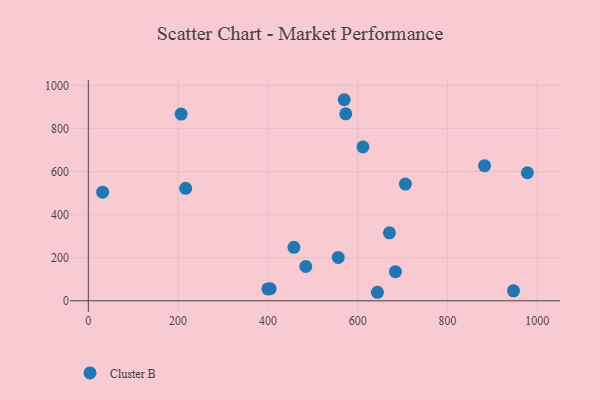
{"axis": {"x": "Ad Spend", "y": "Exam Score"}, "legend": ["Cluster B"], "data": [{"x": "405.1", "y": 55.9, "type": "Cluster B"}, {"x": "484.4", "y": 159.2, "type": "Cluster B"}, {"x": "216.8", "y": 522.2, "type": "Cluster B"}, {"x": "399.9", "y": 55.3, "type": "Cluster B"}, {"x": "31.9", "y": 504.0, "type": "Cluster B"}, {"x": "706.3", "y": 541.7, "type": "Cluster B"}, {"x": "611.7", "y": 714.3, "type": "Cluster B"}, {"x": "947.1", "y": 46.5, "type": "Cluster B"}, {"x": "570.0", "y": 933.3, "type": "Cluster B"}, {"x": "882.6", "y": 627.0, "type": "Cluster B"}, {"x": "556.7", "y": 201.2, "type": "Cluster B"}, {"x": "978.0", "y": 594.3, "type": "Cluster B"}, {"x": "670.8", "y": 315.5, "type": "Cluster B"}, {"x": "684.1", "y": 135.0, "type": "Cluster B"}, {"x": "458.0", "y": 248.3, "type": "Cluster B"}, {"x": "644.0", "y": 39.6, "type": "Cluster B"}, {"x": "206.8", "y": 866.5, "type": "Cluster B"}, {"x": "573.4", "y": 868.0, "type": "Cluster B"}]}